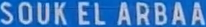
SOUK EL ARBAA